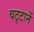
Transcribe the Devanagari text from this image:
चट्‍टानें